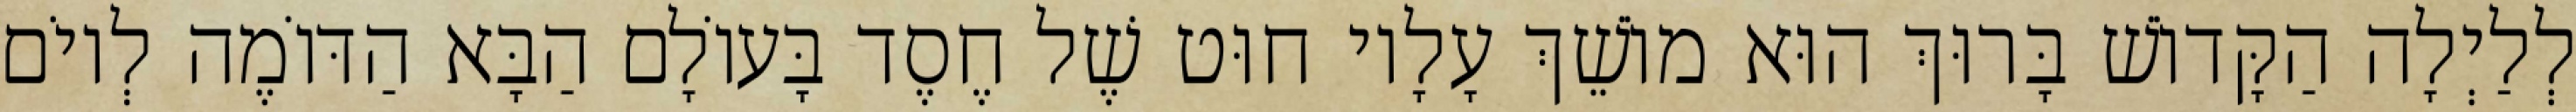
לְלַיְלָה הַקָּדוֹשׁ בָּרוּךְ הוּא מוֹשֵׁךְ עָלָיו חוּט שֶׁל חֶסֶד בָּעוֹלָם הַבָּא הַדּוֹמֶה לְיוֹם